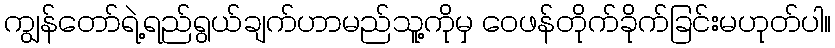
ကျွန်တော်ရဲ့ရည်ရွယ်ချက်ဟာမည်သူ့ကိုမှ ဝေဖန်တိုက်ခိုက်ခြင်းမဟုတ်ပါ။